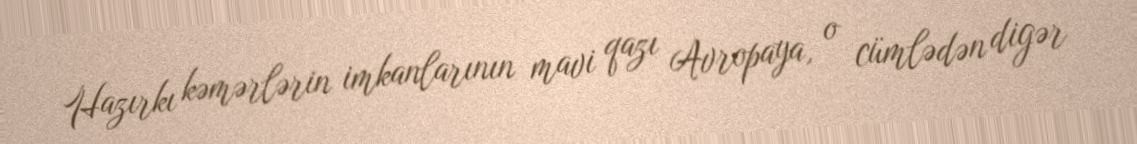
Hazırkı kəmərlərin imkanlarının mavi qazı Avropaya, o cümlədən digər